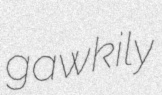
gawkily